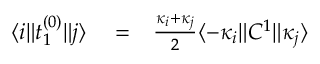
\begin{array} { r l r } { \langle i \| t _ { 1 } ^ { ( 0 ) } \| j \rangle } & { { } = } & { \frac { \kappa _ { i } + \kappa _ { j } } { 2 } \langle - \kappa _ { i } \| C ^ { 1 } \| \kappa _ { j } \rangle } \end{array}